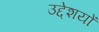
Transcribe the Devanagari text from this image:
उद्देशयों